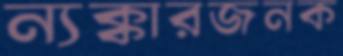
ন্যক্কারজনক